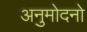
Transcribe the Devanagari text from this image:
अनुमोदनो